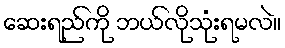
ဆေးရည်ကို ဘယ်လိုသုံးရမလဲ။